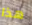
هذا